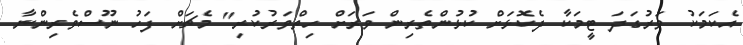
އެކަމަކު ވަރުގަދަ ޓީމަކާ ދެކޮޅަށް ކުޅުންތެރިން ވަރަށް ހިތްވަރުކުރި" މެޗަށް ފަހު ނޫސްވެރިންނާ